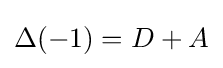
{\textstyle \Delta (-1)=D+A}